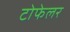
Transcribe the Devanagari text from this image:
टोफेलर